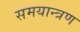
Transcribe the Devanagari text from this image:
समयान्त्रण